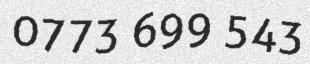
0773 699 543